Standardisation of Calmette's anti-venomous serum with pure cobra venom - Number 1
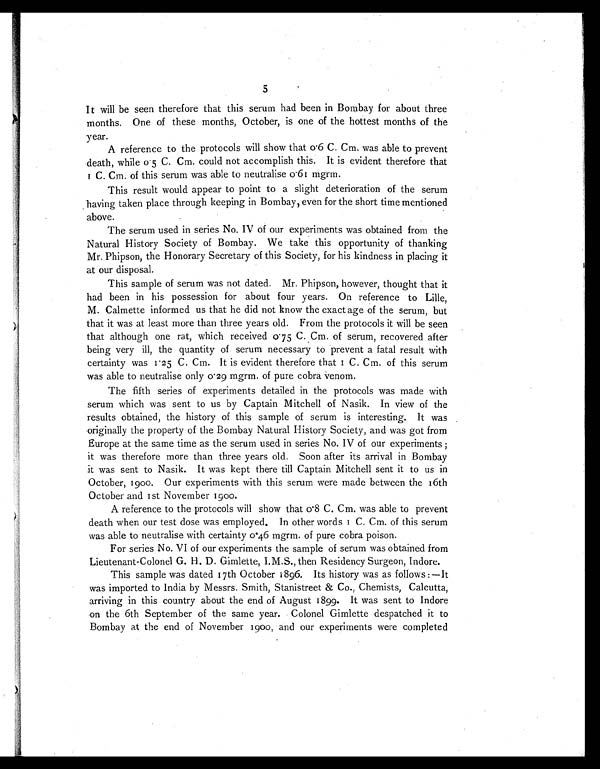
5
It will be seen therefore that this serum had been in Bombay for about three
months. One of these months, October, is one of the hottest months of the
year.
A reference to the protocols will show that 0•6 C. Cm. was able to prevent
death, while 0•5 C• Cm. could not accomplish this. It is evident therefore that 1
C. Cm. of this serum was able to neutralise 0•61 mgrm.
This result would appear to point to a slight deterioration of the serum
having taken place through keeping in Bombay, even for the short time mentioned
above.
The serum used in series No. IV of our experiments was obtained from the
Natural History Society of Bombay. We take this opportunity of thanking
Mr. Phipson, the Honorary Secretary of this Society, for his kindness in placing it
at our disposal.
This sample of serum was not dated. Mr. Phipson, however, thought that it
had been in his possession for about four years. On reference to Lille,
M. Calmette informed us that he did not know the exact age of the serum, but
that it was at least more than three years old. From the protocols it will be seen
that although one rat, which received 0•75 C. Cm. of serum, recovered after
being very ill, the quantity of serum necessary to prevent a fatal result with
certainty was 1•25 C. Cm. It is evident therefore that 1 C. Cm. of this serum
was able to neutralise only 0•29 mgrm. of pure cobra venom
.
The fifth series of experiments detailed in the protocols was made with
serum which was sent to us by Captain Mitchell of Nasik. In view of the
results obtained, the history of this sample of serum is interesting. It was
originally the property of the Bombay Natural History Society, and was got from
Europe at the same time as the serum used in series No. IV of our experiments ;
it was therefore more than three years old. Soon after its arrival in Bombay
it was sent to Nasik. It was kept there till Captain Mitchell sent it to us in
October, 1900. Our experiments with this serum were made between the 16th
October and 1st November 1900.
A reference to the protocols will show that 0•8 C. Cm. was able to prevent
death when our test dose was employed. In other words 1 C. Cm. of this serum
was able to neutralise with certainty 0•46 mgrm. of pure cobra poison.
For series No. VI of our experiments the sample of serum was obtained from
Lieutenant-Colonel G. H. D. Gimlette, I.M.S., then Residency Surgeon, Indore.
This sample was dated 17th October 1896. Its history was as follows :—It
was imported to India by Messrs. Smith, Stanistreet & Co., Chemists, Calcutta,
arriving in this country about the end of August 1899. It was sent to Indore
on the 6th September of the same year. Colonel Gimlette despatched it to
Bombay at the end of November 1900, and our experiments were completed